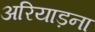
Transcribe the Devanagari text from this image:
अरियाड़ना